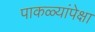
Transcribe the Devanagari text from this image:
पाकळ्यांपेक्षा